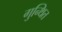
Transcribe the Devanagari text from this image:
गुन्थित